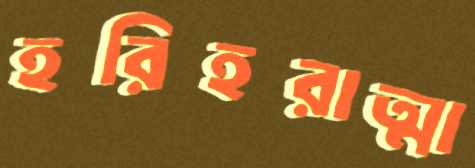
হরিহরাত্মা